Vaccine operations Central Provinces & Berar 1912-1920 - 1912-1920
Year: 1912
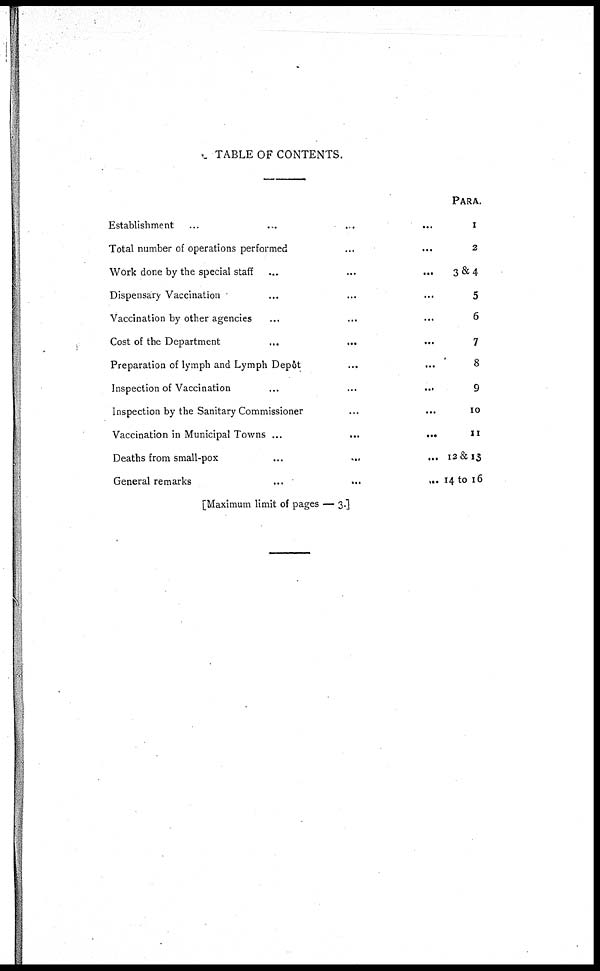
TABLE OF CONTENTS.
Establishment ... ... ... ...
Total number of operations performed ... ...
Work done by the special staff
...
...
...
Dispensary Vaccination ... ... ...
Vaccination by other agencies ... ... ...
Cost of the Department
...
...
...
Preparation of lymph and Lymph Depôt ... ...
Inspection of Vaccination
...
...
...
Inspection by the Sanitary Commissioner ... ...
Vaccination in Municipal Towns
...
...
...
Deaths from small-pox
...
...
...
General remarks
...
...
...
PARA.
1
2
3&4
5
6
7
8
9
10
11
12&13
14 to 16
[Maximum limit of pages — 3.]